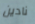
نادين